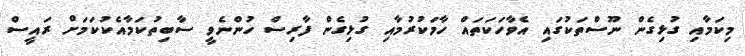
މިކަމާއި ގުޅިގެން ނޫސްތަކުގައި އެވާހަކަތައް ހާމަކުރުމާއި ގުޅިގެން ފާރިސް ހުންނެވީ ސާބިތުކަމާއެކުކަމަށް ރައީސް